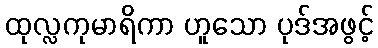
ထုလ္လကုမာရိကာ ဟူသော ပုဒ်အဖွင့်